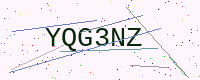
Text: YQG3NZ